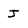
Character: J